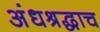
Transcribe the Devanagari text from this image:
अंधश्रद्धाच